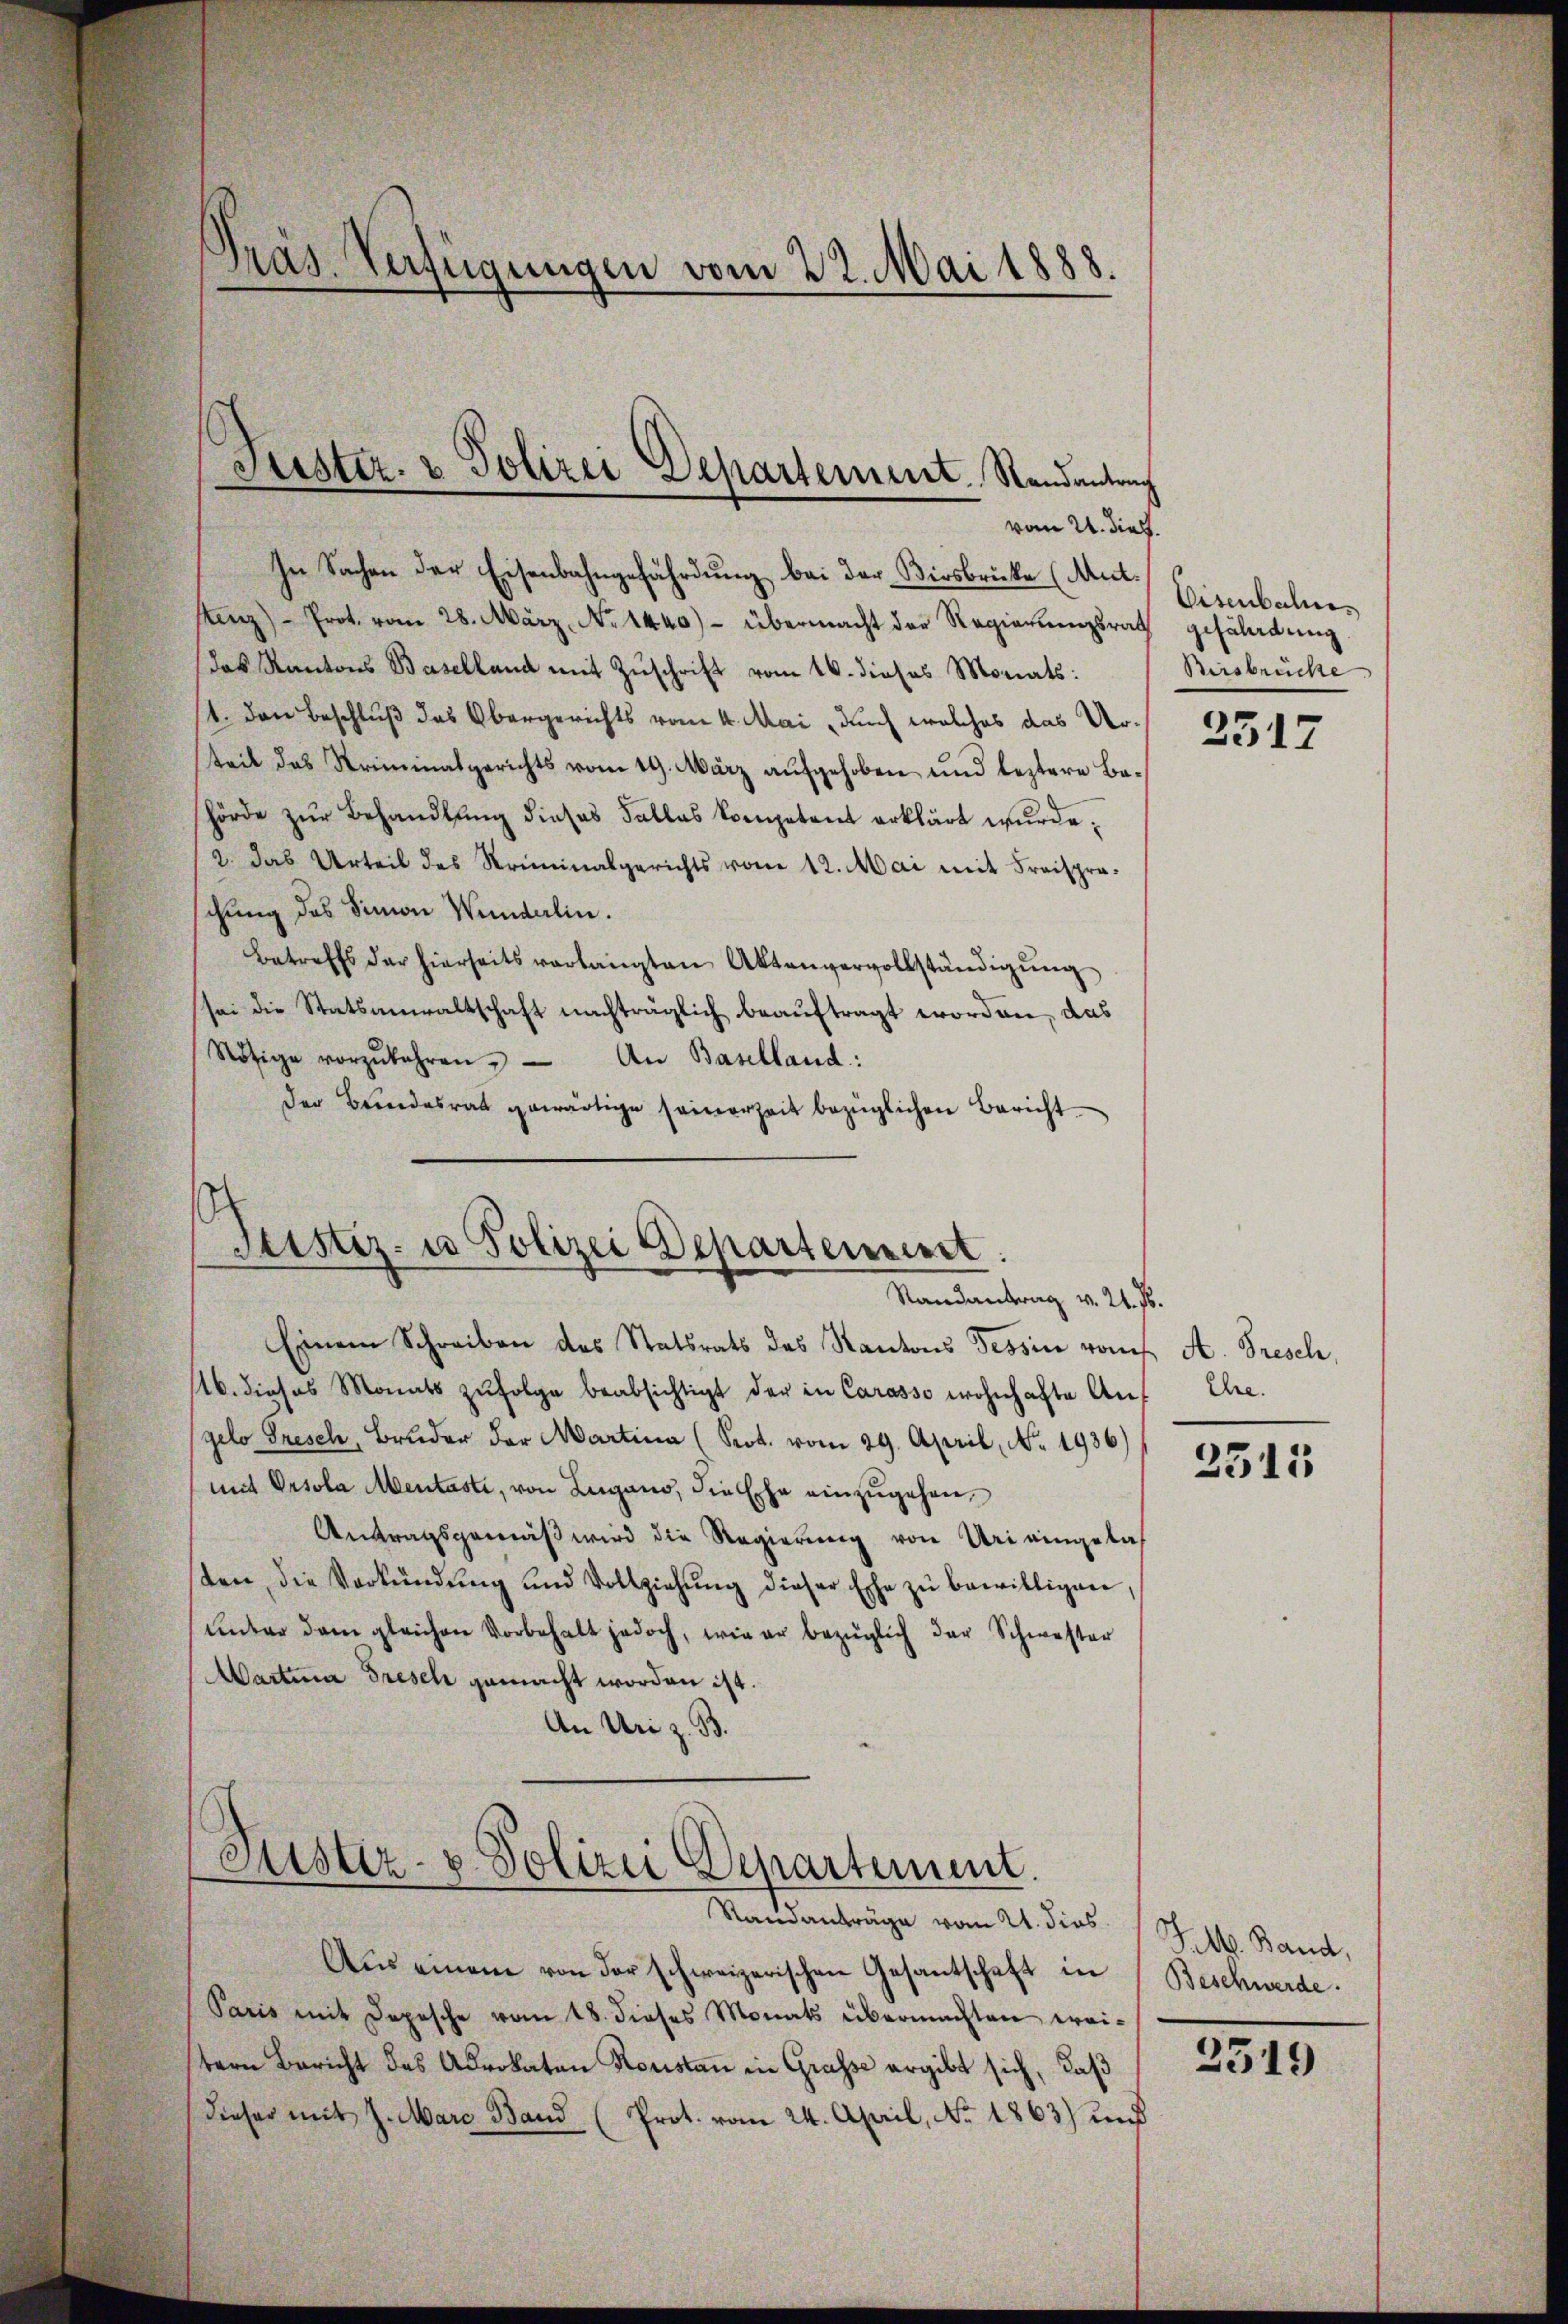
In Sachen der Eisenbahngefährdung bei der Biosbrücke (Mutsaz)- Prot. vom 28. März, No 1440) - übermacht der Regierungsrat
das Kantons Baselland mit Zuschrift vom 16. dieses Monats:
11. Den Beschluß das Obergerichts vom 4. Mai durch welches das Urteil das Kriminalgerichts vom 19. März aŭfgehoben und leztere Be-
hörde zur Behandlung dieses Falles kompetent erklärt wurde.
2. Das Urteil des Kriminalgerichts vom 12. Mai mit Freispraschung des Simon Wundarlin.
Betreffs der hierseits verlangten Aktenvervollständigŭng
sei die Statsanwaltschaft nachträglich beauftragt worden, das
Nötige vorzŭbehren. An Baselland:
der Bundesrat gewärtige seinerzeit bezüglichen Bericht.

Präs. Verfügungen vom 22. Mai 1888.

Justiz- & Polizei Departement. Randantrag
vom 21. Diels.

Justiz- u Polizei Departement.
Randantrag v. 21. Js.

Einem Schreiben des Statsrats des Kantons Tessin von A. Fresch
16. dieses Monats zŭfolge beabsichtigt der in Carasso wohnhafte Angelo Dresch, Bruder der Martina (Prot. vom 29. April, No. 1936)
mit Orsola Mentaste, von Lugano, die Ehe einzugehen,
Antragsgemäß wird die Regierung von Uri eingelas
ten, die Verkündŭng und Vollziehŭng dieser Ehe zŭ bewilligen,
unter dem gleichen Vorbehalt jedoch, wie er bezüglich der Schwester
Martina Gresch gemacht worden ist.
An Uri z. B.
Justiz- u. Polizei Departement.
Standanträge vom 21. dies
Aus einem von der schweizerischen Gesantschaft in
Paris mit Depesche vom 18. dieses Monats übermachten wei-
tern Bericht des Advokaten Konstan in Grasse ergibt sich, daß

dieser mit J. Marc Band (Prot. vom 24. April, No 1863) und

Visenbahne
gefährdung
Bersbrüche

2317

Ehre.

2515

Felb. Band,
Beschwerde.

2519